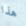
هذا